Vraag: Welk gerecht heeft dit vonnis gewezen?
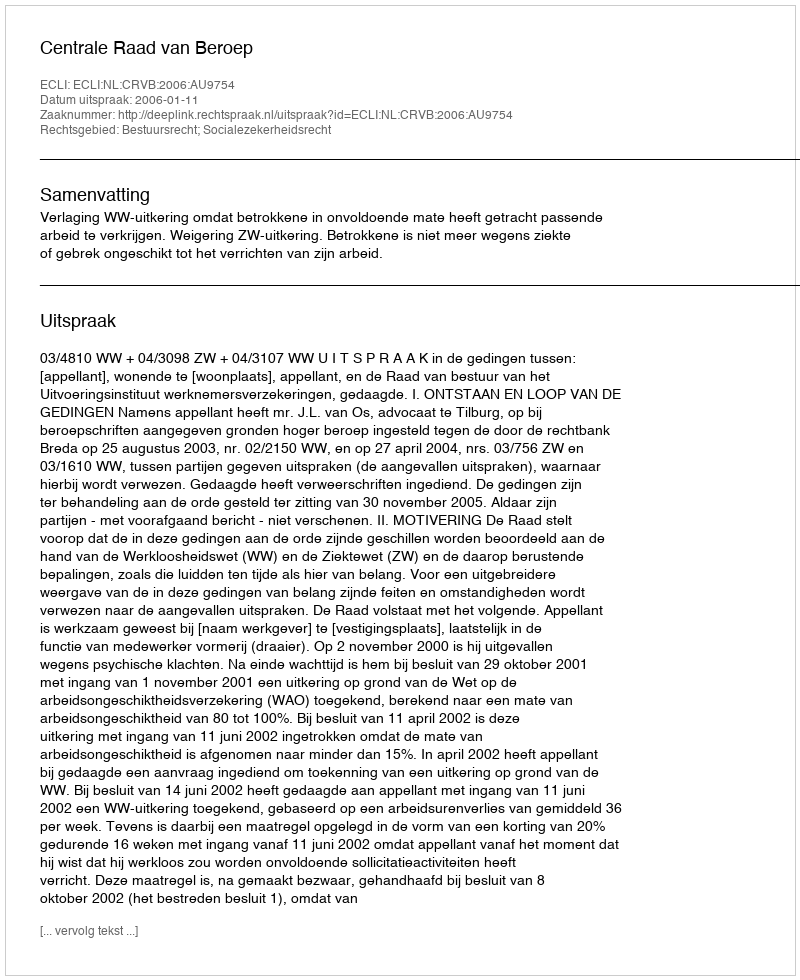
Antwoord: Centrale Raad van Beroep